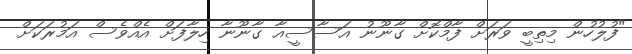
"ފުލުހުން މިތިބީ ވަރަށް ފާމްކޮށް ގާނޫނު އަސާސީއާ ގާނޫނާ ހިލާފަށް އެއްވެސް އަމުރަކަށް